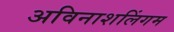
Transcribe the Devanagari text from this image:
अविनाशलिंगम